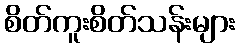
စိတ်ကူးစိတ်သန်းများ